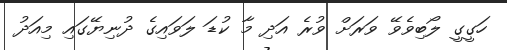
ހަގީގީ ލޯބިވެވޭ ވަރަށް ވުރެ އަދި މާ ކުޑަ ލަވައިގެ ދުނިޔޭގައި މިއަދު